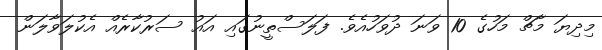
މިދިޔަ މާޗް މަހުގެ 10 ވަނަ ދުވަހުއެވެ. ފަލަސްތީނުގައި އައު ސަރުކާރެއް އެކުލަވާލަން